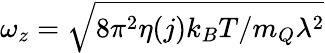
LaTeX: \omega_{z}=\sqrt{8\pi^{2}\eta(j)k_{B}T/m_{Q}\lambda^{2}}